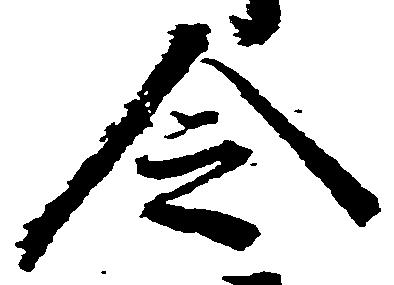
令